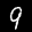
Label: 9